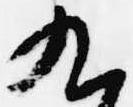
九